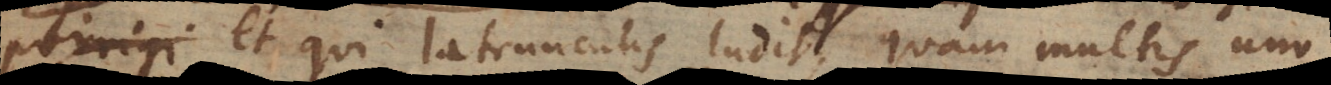
porrigi et qui latrunculis ludit, quam multis uno